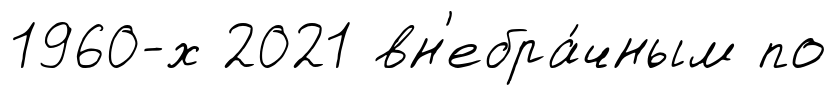
1960-х 2021 вн'ебра́чным по